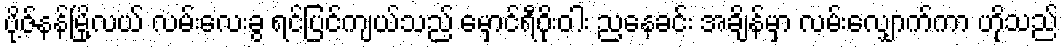
ပို့ဇ်နန်မြို့လယ် လမ်းလေးခွ ရင်ပြင်ကျယ်သည် မှောင်ရီဝိုးဝါး ညနေခင်း အချိန်မှာ လမ်းလျှောက်ကာ ဟိုသည်